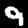
Digit: 9